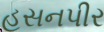
હસનપીર